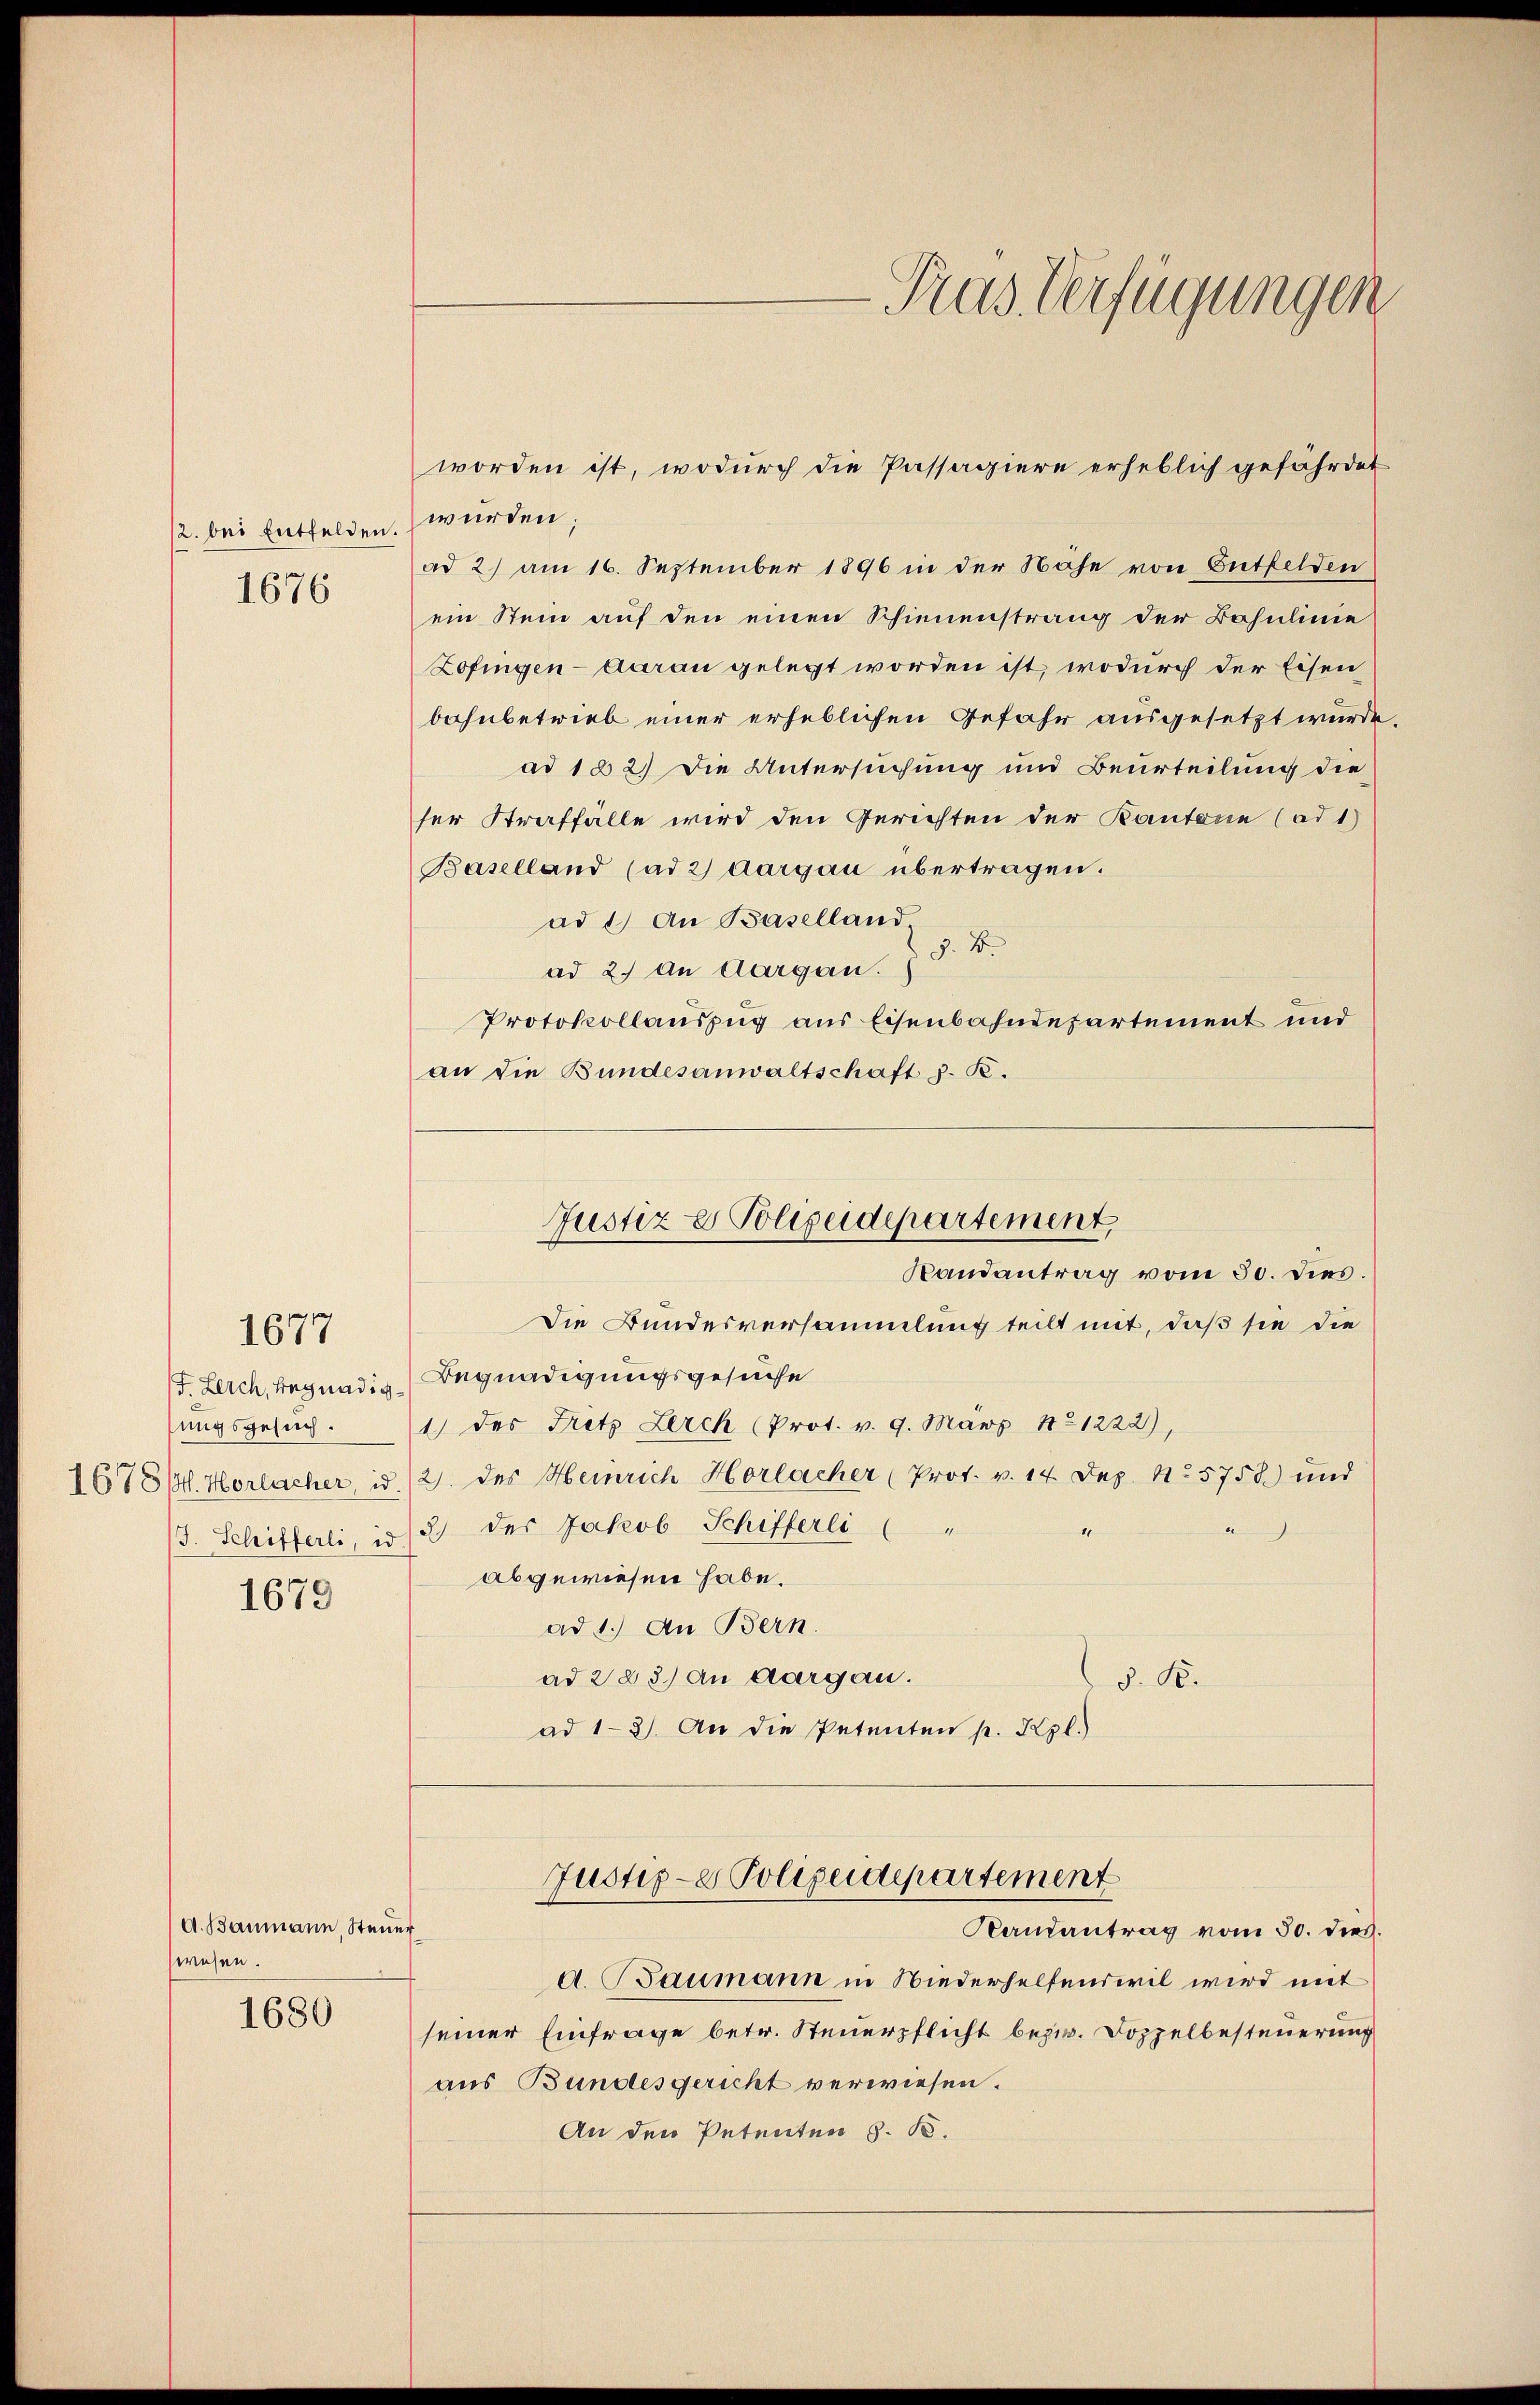
/2. bei Entfelden.
1676

1677

sungsgesuch.

1679

A. Baumann, Steuer
wesen.

1680

würden;
ad 2) am 16. September 1896 in der Nähe von Entfelden
ein Stein auf den einen Schienenstrang der Bahnlinie
Zofingen - daran gelegt worden ist, wodurch der Eisen
bahnbetrieb einer erheblichen Gefahr ausgesetzt wurde.
ad 182) Die Untersuchung und Beurteilung die
ser Straffälle wird den Gerichten der Kantone (ad 1)
Baselland (ad 2) Aargau übertragen.
ad 1.) An Baselland.
J. B.
ad 2. An Aargau.
Protokollauszug aus Eisenbahndepartement und
an die Bundesanwaltschaft d. R.

Die Bundesversammlung teilt mit, daß sie die
/F. Zeich, begnadige Begnadigungsgesuche
1) des Fritz Lerch (Prot. v. 9. März 1821222),
16786. Horlacher, id. 2. des Heinrich Horlacher (Prot. v. 14 Dez. No 5758) und
s
/3. Schifferli, in 2 der Jakob Schifferli ( "
abgewiesen habe.
ad 1.) An Bern.
ad 223) an Aargau.
d. R.
ad 13. An die Petenten p. Kzl.)

Tras Verfügungen

worden ist, wodurch die Passagiere erheblich gefährdet

Justiz- & Polizeidepartement,
Randantrag vom 30. dies.

Justiz- & Polizeidepartement
Kamantrag vom 30. dies

d. Baumann in Niederhelfenseil wird mit
seiner Einfrage betr. Steuerpflicht bezw. Doppelbesteuerung
aus Bundesgericht verwiesen.
An den Petenten z. B.